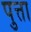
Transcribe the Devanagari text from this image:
पुत्ता